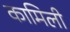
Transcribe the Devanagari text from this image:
कामिली